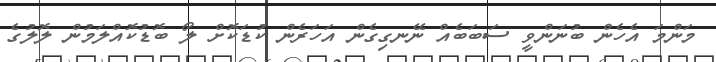
މަންމަ އެހެން ބުނަންވީ ސަބަބެއް ނޭނގިގެން އަހަރެން ކުޑަކޮށް ލޯ ބޮޑުކޮއްލަމުން ލޮލުގެ